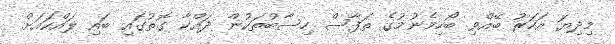
މިދިޔަ އަހަރު ބޭއްވި ބޯހިމެނުމުގެ ތަފާސް ހިސާބުތަކުން ދައްކާ ގޮތުގައި ބައި ލައްކައަށް